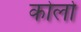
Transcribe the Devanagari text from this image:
कोर्लो